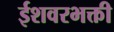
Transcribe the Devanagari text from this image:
ईशवरभक्ती